Triennial report on the lunatic asylums in the province of Eastern Bengal and Assam - 1903-1911
Year: 1903
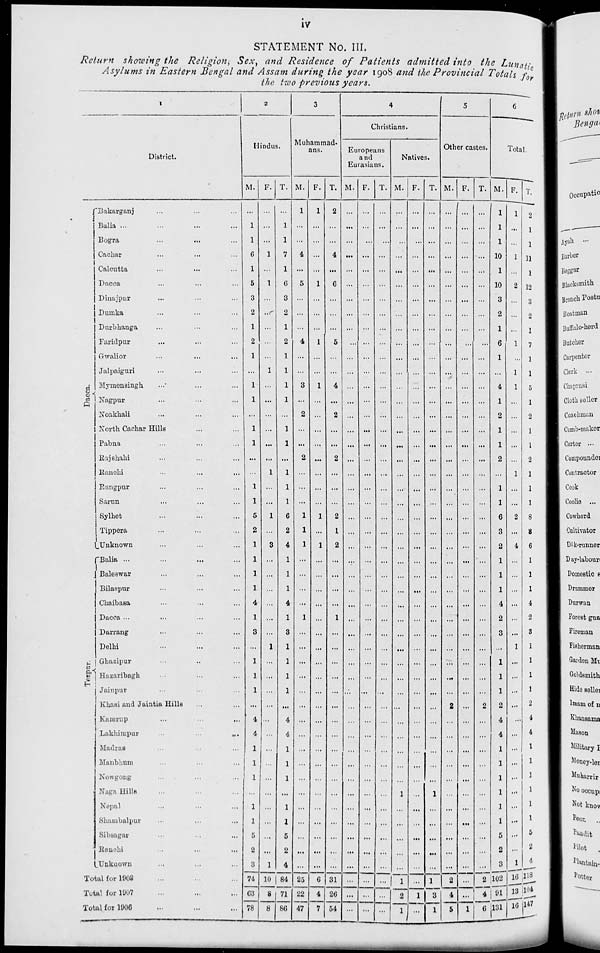
iv
STATEMENT No. III.
Return showing the Religion, Sex, and Residence of Patients admitted into the Lunatic
Asylums in Eastern Bengal and Assam during the year 1908 and the Provincial Totals for
the two previous years.
1
District.
Dacca.
Tezpur
Bakarganj ... ... ...
Balia ... ... ...
Bogra ... ... ...
Cachar ... ... ...
Calcutta ... ... ...
Dacca ... ... ...
Dinajpur ... ... ...
Dumka ... ... ...
Durbhanga ... ... ...
Faridpur ... ... ...
Gwalior ... ... ...
Jalpaiguri ... ... ...
Mymensingh ... ... ...
Nagpur ... ... ...
Noakhali ... ... ...
North Cachar Hills ... ...
Pabna ... ... ...
Rajshahi ... ... ...
Ranchi ... ... ...
Rangpur ... ... ...
Sarun ... ... ...
Sylhet ... ... ...
Tippera ... ... ...
Unknown ... ... ...
Balia ... ... ... ...
Baleswar ... ... ...
Bilaspur ... ... ...
Chaibasa ... ... ...
Dacca ... ... ... ...
Darrang ... ... ...
Delhi ... ... ...
Ghazipur ... ... ...
Hazaribagh ... ... ...
Jainpur ... ... ...
Khasi and Jaintia Hills ... ...
Kamrup
...
...
...
Lakhimpur ... ... ...
Madras ... ... ...
Manbhum ... ... ...
Nowgong ... ... ...
Naga Hills ... ... ...
Nepal ... ... ...
Shambalpur ... ... ...
Sibsagar ... ... ...
Ranchi ... ... ...
Unknown ... ... ...
Total for 1908 ... ... ...
Total for 1907 ... ... ...
Total for 1906 ... ... ...
2
Hindus.
M.
...
1
1
6
1
5
3
2
1
2
1
...
1
1
...
1
1
...
...
1
1
5
2
1
1
1
1
4
1
3
...
1
1
1
...
4
4
1
1
1
...
1
1
5
2
3
74
63
78
F.
...
...
...
1
...
1
...
...
...
...
...
1
...
...
...
...
...
...
1
...
...
1
...
3
...
...
...
...
...
...
1
...
...
...
...
...
...
...
...
...
...
...
...
...
...
1
10
8
8
T.
...
1
1
7
1
6
3
2
1
2
1
1
1
1
...
1
1
...
1
1
1
6
2
4
1
1
1
4
1
3
1
1
1
1
...
4
4
1
1
1
...
1
1
5
2
4
84
71
86
3
Muhammad-
ans.
M.
1
...
...
4
...
5
...
...
...
4
...
...
3
...
2
...
...
2
...
...
...
1
1
1
...
...
...
...
1
...
...
...
...
...
...
...
...
...
...
...
...
...
...
...
...
...
25
22
47
F.
1
...
...
...
...
1
...
...
...
1
...
...
1
...
...
...
...
...
...
...
...
1
...
1
...
...
...
...
...
...
...
...
...
...
...
...
...
...
...
...
...
...
...
...
...
...
6
4
7
T.
2
...
...
4
...
6
...
...
...
5
...
...
4
...
2
...
...
2
...
...
...
2
1
2
...
...
...
...
1
...
...
...
...
...
...
...
...
...
...
...
...
...
...
...
...
...
31
26
54
4
Christians.
Europeans
and
Eurasians.
M.
...
...
...
...
...
...
...
...
...
...
...
...
...
...
...
...
...
...
...
...
...
...
...
...
...
...
...
...
...
...
...
...
...
...
...
...
...
...
...
...
...
...
...
...
...
...
...
...
...
F.
...
...
...
...
...
...
...
...
...
...
...
...
...
...
...
...
...
...
...
...
...
...
...
...
...
...
...
...
...
...
...
...
...
...
...
...
...
...
...
...
...
...
...
...
...
...
...
...
...
T.
...
...
...
...
...
...
...
...
...
...
...
...
...
...
...
...
...
...
...
...
...
...
...
...
...
...
...
...
...
...
...
...
...
...
...
...
...
...
...
...
...
...
...
...
...
...
...
...
...
Natives.
M.
...
...
...
...
...
...
...
...
...
...
...
...
...
...
...
...
...
...
...
...
...
...
...
...
...
...
...
...
...
...
...
...
...
...
...
...
...
...
...
...
1
...
...
...
...
...
1
2
1
F.
...
...
...
...
...
...
...
...
...
...
...
...
...
...
...
...
...
...
...
...
...
...
...
...
...
...
...
...
...
...
...
...
...
...
...
...
...
...
...
...
...
...
...
...
...
...
...
1
...
T.
...
...
...
...
...
...
...
...
...
...
...
...
...
...
...
...
...
...
...
...
...
...
...
...
...
...
...
...
...
...
...
...
...
...
...
...
...
...
...
...
1
...
...
...
...
...
1
3
1
5
Other castes.
M.
...
...
...
...
...
...
...
...
...
...
...
...
...
...
...
...
...
...
...
...
...
...
...
...
...
...
...
...
...
...
...
...
...
...
2
...
...
...
...
...
...
...
...
...
...
...
2
4
5
F.
...
...
...
...
...
...
...
...
...
...
...
...
...
...
...
...
...
...
...
...
...
...
...
...
...
...
...
...
...
...
...
...
...
...
...
...
...
...
...
...
...
...
...
...
...
...
...
...
1
T.
...
...
...
...
...
...
...
...
...
...
...
...
...
...
...
...
...
...
...
...
...
...
...
...
...
...
...
...
...
...
...
...
...
...
2
...
...
...
...
...
...
...
...
...
...
...
2
4
6
6
Total.
M.
1
1
1
10
1
10
3
2
1
6
1
...
4
1
2
1
1
2
...
1
1
6
3
2
1
1
1
4
2
3
...
1
1
1
2
4
4
1
1
1
1
1
1
5
2
3
102
91
131
F.
1
...
...
1
...
2
...
...
...
1
...
1
1
...
...
...
...
...
1
...
...
2
...
4
...
...
...
...
...
...
1
...
...
...
...
...
...
...
...
...
...
...
...
...
...
1
16
13
16
T.
2
1
1
11
1
12
3
2
1
7
1
1
5
1
2
1
1
2
1
1
1
8
3
6
1
1
1
4
2
3
1
1
1
1
2
4
4
1
1
1
1
1
1
5
2
4
118
104
147